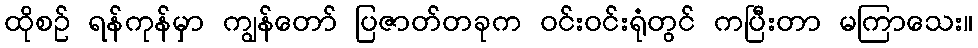
ထိုစဉ် ရန်ကုန်မှာ ကျွန်တော် ပြဇာတ်တခုက ဝင်းဝင်းရုံတွင် ကပြီးတာ မကြာသေး။